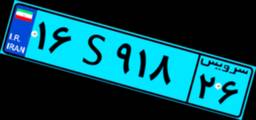
۱۶S۹۱۸۲۶